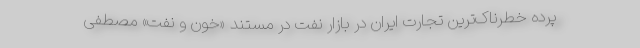
پرده‌ خطرناک‌ترین تجارت ایران در بازار نفت در مستند «خون و نفت» مصطفی